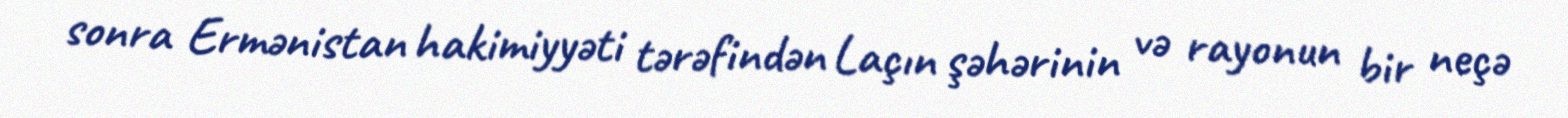
sonra Ermənistan hakimiyyəti tərəfindən Laçın şəhərinin və rayonun bir neçə